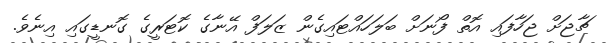
ޗާޖަށް ޖަހާފައި އޮތް ފޯނަށް ބަލަހައްޓައިގެން ޒަލަފް އޭނާގެ ކޮޓަރީގެ ގޮނޑީގައި އިނެވެ.